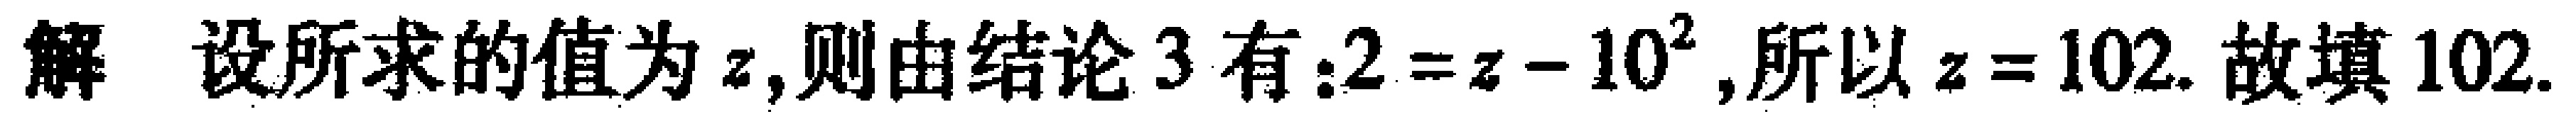
解 设所求的值为\(z\)，则由结论\(3\)有：\(2 = z - 10^{2}\)，所以\(z = 102\). 故填\(102\).